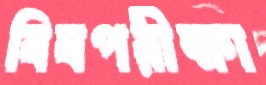
বিষপরীক্ষা